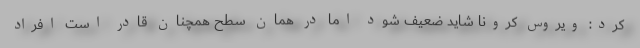
کرد: ویروس کرونا شاید ضعیف شود اما در همان سطح همچنان قادر است افراد